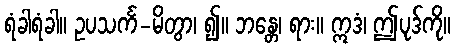
ရံခါရံခါ။ ဥပသင်္က-မိတွာ၊ ၍။ ဘန္တေ၊ ရား။ ဣဒံ၊ ဤပုဒ်ကို။